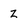
Character: z